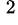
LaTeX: ^{\, 2}